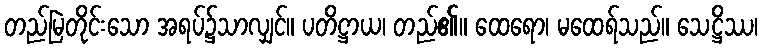
တည်မြဲတိုင်းသော အရပ်၌သာလျှင်။ ပတိဋ္ဌာယ၊ တည်၏။ ထေရော၊ မထေရ်သည်။ သေဋ္ဌိဿ၊